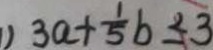
3 a + \frac { 1 } { 5 } b \leq 3